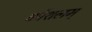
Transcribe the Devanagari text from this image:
कौशलम्‌